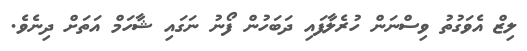
ލިޒް އެވަގުތު ވިސްނަން ހުރެލާފައި ދަބަހުން ފޯނު ނަގައި ޝާހަމް އަތަށް ދިނެވެ.